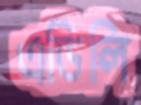
এডিলি